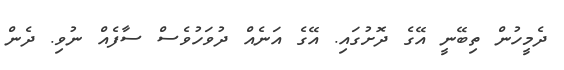
ދެމީހުން ތިބޭނީ އޭގެ ދޮށުގައި. އޭގެ އަނެއް ދުވަހުވެސް ސާފެއް ނުވި. ދެން